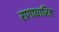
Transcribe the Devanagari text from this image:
रागाधारित